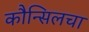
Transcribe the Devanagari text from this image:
कौन्सिलचा